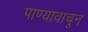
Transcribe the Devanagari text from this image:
पाण्यावाचून